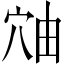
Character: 𬔈